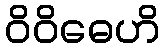
ဝိဝိဓေဟိ